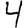
Digit: 4